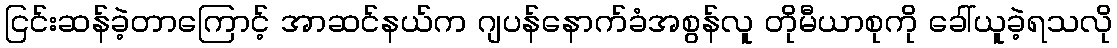
ငြင်းဆန်ခဲ့တာကြောင့် အာဆင်နယ်က ဂျပန်နောက်ခံအစွန်လူ တိုမီယာစုကို ခေါ်ယူခဲ့ရသလို